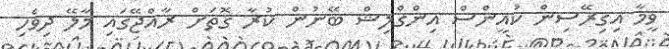
ވީމާ އިގިރޭސިން ކުއީންސް އިންގްލިޝް ބޭނުން ކުރާ ގޮތަށް ރާއްޖޭގައި މާލޭ ދިވެހި